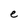
Character: e